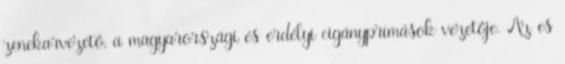
zenekarvezető, a magyarországi és erdélyi cigányprímások vezetője. Az es